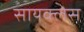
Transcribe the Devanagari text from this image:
सायक्लेस